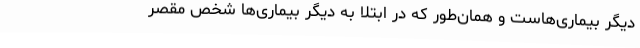
دیگر بیماری‌هاست و همان‌طور که در ابتلا به دیگر بیماری‌ها شخص مقصر